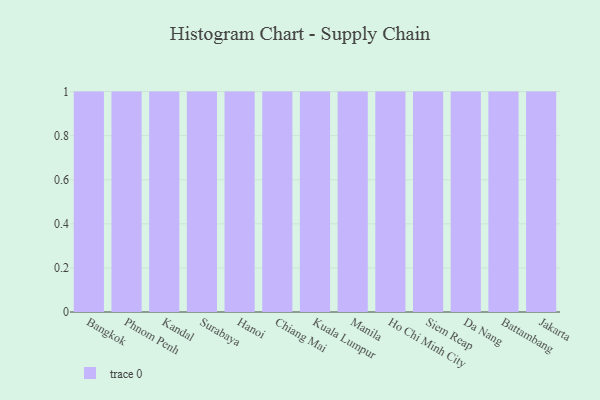
{"axis": {"x": "City", "y": "Humidity (%)"}, "legend": [""], "data": [{"x": "Bangkok", "y": 29, "type": ""}, {"x": "Phnom Penh", "y": 9, "type": ""}, {"x": "Kandal", "y": 42, "type": ""}, {"x": "Surabaya", "y": 7, "type": ""}, {"x": "Hanoi", "y": 87, "type": ""}, {"x": "Chiang Mai", "y": 81, "type": ""}, {"x": "Kuala Lumpur", "y": 50, "type": ""}, {"x": "Manila", "y": 68, "type": ""}, {"x": "Ho Chi Minh City", "y": 80, "type": ""}, {"x": "Siem Reap", "y": 53, "type": ""}, {"x": "Da Nang", "y": 69, "type": ""}, {"x": "Battambang", "y": 30, "type": ""}, {"x": "Jakarta", "y": 100, "type": ""}]}